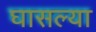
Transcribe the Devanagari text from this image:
घासल्या